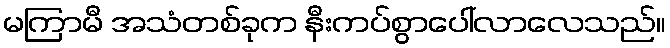
မကြာမီ အသံတစ်ခုက နီးကပ်စွာပေါ်လာလေသည်။